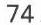
74